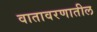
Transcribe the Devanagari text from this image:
वातावरणातील